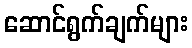
ဆောင်ရွက်ချက်များ